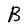
Character: B